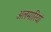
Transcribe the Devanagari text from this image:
अलमारियां